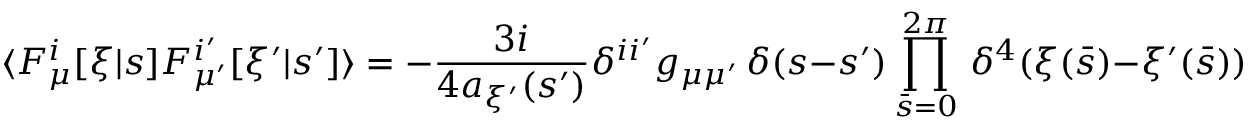
\langle F _ { \mu } ^ { i } [ \xi | s ] F _ { \mu ^ { \prime } } ^ { i ^ { \prime } } [ \xi ^ { \prime } | s ^ { \prime } ] \rangle = - { \frac { 3 i } { 4 a _ { \xi ^ { \prime } } ( s ^ { \prime } ) } } \delta ^ { i i ^ { \prime } } g _ { \mu \mu ^ { \prime } } \, \delta ( s - s ^ { \prime } ) \prod _ { \bar { s } = 0 } ^ { 2 \pi } \, \delta ^ { 4 } ( \xi ( \bar { s } ) - \xi ^ { \prime } ( \bar { s } ) ) ,